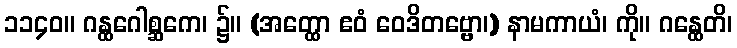
၁၁၄၀။ ဂန္ထဂေါစ္ဆကေ၊ ၌။ (အတ္ထော ဧဝံ ဝေဒိတဗ္ဗော၊) နာမကာယံ၊ ကို။ ဂန္ထေတိ၊